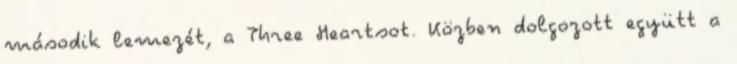
második lemezét, a Three Heartsot. Közben dolgozott együtt a